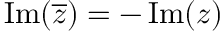
\operatorname { I m } ( { \overline { { z } } } ) = - \operatorname { I m } ( z ) \quad